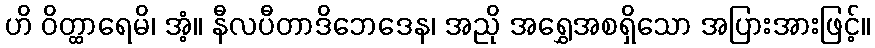
ဟိ ဝိတ္ထာရေမိ၊ အံ့။ နီလပီတာဒိဘေဒေန၊ အညို အရွှေအစရှိသော အပြားအားဖြင့်။